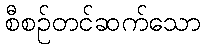
စီစဉ်တင်ဆက်သော